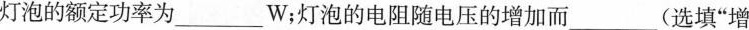
灯泡的额定功率为___W；灯泡的电阻随电压的增加而___(选填“增